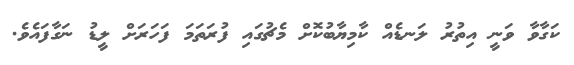
ކަގާވާ ވަނީ އިތުރު ލަނޑެއް ކާމިޔާބުކޮށް މެޗުގައި ފުރަތަމަ ފަހަރަށް ލީޑު ނަގާފައެވެ.